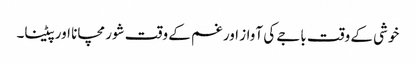
خوشی کے وقت باجے کی آواز اور غم کے وقت شور مچانا اور پیٹنا۔